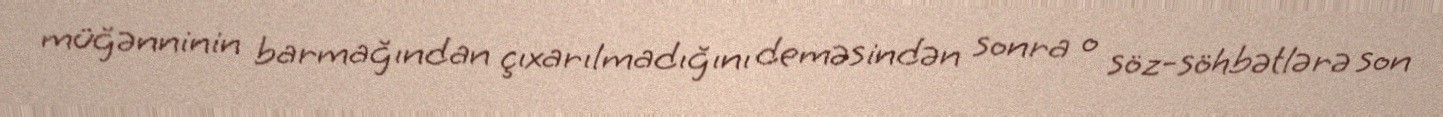
müğənninin barmağından çıxarılmadığını deməsindən sonra o söz-söhbətlərə son